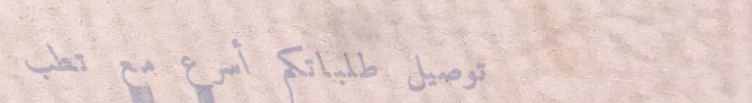
توصيل طلباتكم أسرع مع تطب